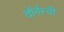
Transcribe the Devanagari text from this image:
वॉर्नरची